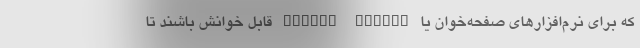
که برای نرم‌افزارهای صفحه‌خوان یا Screen Reader قابل خوانش باشند تا